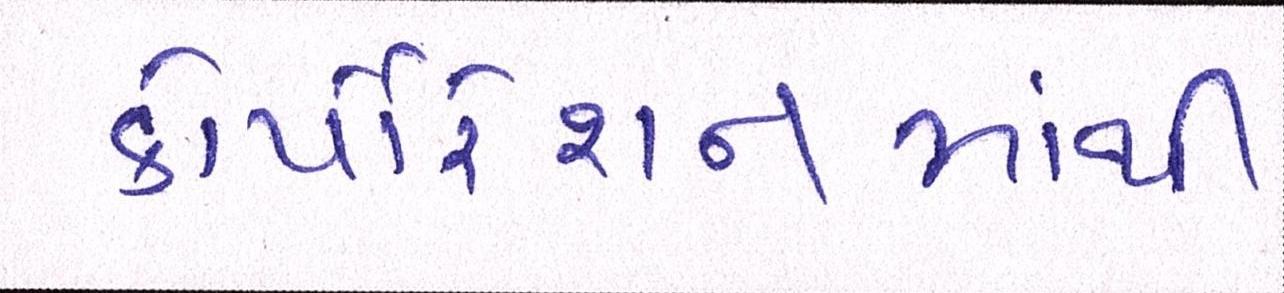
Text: કોર્પોરેશનમાંથી